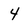
Character: 4